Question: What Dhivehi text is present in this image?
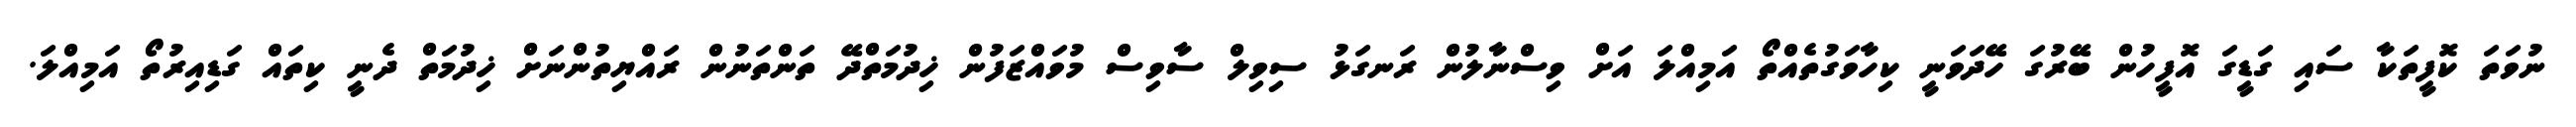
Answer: ނުވަތަ ކޮފީތަކާ ސައި ގަޑީގަ އޮފީހުން ބޭރުގަ ހޭދަވަނީ ކިހާވަގުތެއްތޯ އަމިއްލަ އަށް ވިސްނާލުން ރަނގަޅު ސިވިލް ސާވިސް މުވައްޒަފުން ޚިދުމަތްދޭ ތަންތަނުން ރައްޔިތުންނަށް ޚިދުމަތް ދެނީ ކިތައް ގަޑިއިރުތޯ އަމިއްލަ.